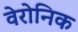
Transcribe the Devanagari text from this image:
वेरोनिक